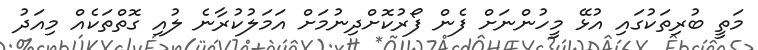
މަތީ ބުރިތަކުގައި އުޅޭ މީހުންނަށް ފެން ފޯރުކޮށްދިނުމަށް އަމަލުކުރާނެ ލުއި ގޮތްތަކެއް މިއަދު